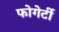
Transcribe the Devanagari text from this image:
फोगेर्टी